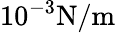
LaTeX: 10^{-3}\mathrm{{N/m}}